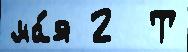
ма́я 2  Т